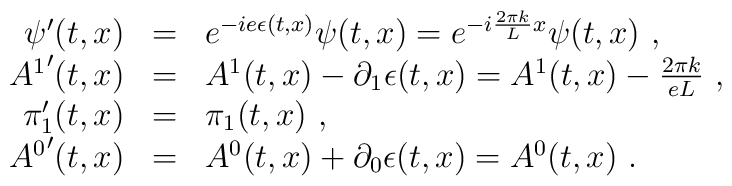
\begin{array}{r c l}\psi'(t,x)&=&e^{-ie\epsilon(t,x)}\psi(t,x)=e^{-i\frac{2\pi k}{L}x}\psi(t,x)\ ,\\{A^1}'(t,x)&=&A^1(t,x)-\partial_1\epsilon(t,x)=A^1(t,x)-\frac{2\pi k}{eL}\ ,\\\pi'_1(t,x)&=&\pi_1(t,x)\ ,\ \\{A^0}'(t,x)&=&A^0(t,x)+\partial_0\epsilon(t,x)=A^0(t,x)\ .\end{array}